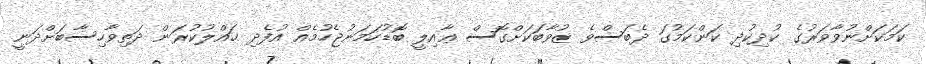
ކަމަކަށްނުވާވަރުގެ ކުދިކުދި ކަންކަމުގަ ދެބަސްވެ ޒުވާބަކަށްގޮސް ޢާއިލީ ބޮޑުހަމަނުޖެހުމެއް އުފެދި ޙައްލުކުރަން ދަތިވާހިސާބަށްދަނީ